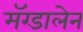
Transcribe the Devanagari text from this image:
मॅग्डालेन